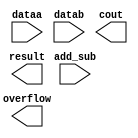
// megafunction wizard: %LPM_ADD_SUB%VBB%
// GENERATION: STANDARD
// VERSION: WM1.0
// MODULE: LPM_ADD_SUB 

// ============================================================
// Megafunction Name(s):
// 			LPM_ADD_SUB
//
// Simulation Library Files(s):
// 			lpm
// ============================================================
// ************************************************************
// THIS IS A WIZARD-GENERATED FILE. DO NOT EDIT THIS FILE!
//
// 15.1.0 Build 185 10/21/2015 SJ Lite Edition
// ************************************************************

//Copyright (C) 1991-2015 Altera Corporation. All rights reserved.
//Your use of Altera Corporation's design tools, logic functions 
//and other software and tools, and its AMPP partner logic 
//functions, and any output files from any of the foregoing 
//(including device programming or simulation files), and any 
//associated documentation or information are expressly subject 
//to the terms and conditions of the Altera Program License 
//Subscription Agreement, the Altera Quartus Prime License Agreement,
//the Altera MegaCore Function License Agreement, or other 
//applicable license agreement, including, without limitation, 
//that your use is for the sole purpose of programming logic 
//devices manufactured by Altera and sold by Altera or its 
//authorized distributors.  Please refer to the applicable 
//agreement for further details.

module sxrRISC621_addsub (
	add_sub,
	dataa,
	datab,
	cout,
	overflow,
	result);

	input	  add_sub;
	input	[13:0]  dataa;
	input	[13:0]  datab;
	output	  cout;
	output	  overflow;
	output	[13:0]  result;

endmodule

// ============================================================
// CNX file retrieval info
// ============================================================
// Retrieval info: PRIVATE: CarryIn NUMERIC "0"
// Retrieval info: PRIVATE: CarryOut NUMERIC "1"
// Retrieval info: PRIVATE: ConstantA NUMERIC "0"
// Retrieval info: PRIVATE: ConstantB NUMERIC "0"
// Retrieval info: PRIVATE: Function NUMERIC "2"
// Retrieval info: PRIVATE: INTENDED_DEVICE_FAMILY STRING "Cyclone V"
// Retrieval info: PRIVATE: LPM_PIPELINE NUMERIC "0"
// Retrieval info: PRIVATE: Latency NUMERIC "0"
// Retrieval info: PRIVATE: Overflow NUMERIC "1"
// Retrieval info: PRIVATE: RadixA NUMERIC "10"
// Retrieval info: PRIVATE: RadixB NUMERIC "10"
// Retrieval info: PRIVATE: Representation NUMERIC "0"
// Retrieval info: PRIVATE: SYNTH_WRAPPER_GEN_POSTFIX STRING "0"
// Retrieval info: PRIVATE: ValidCtA NUMERIC "0"
// Retrieval info: PRIVATE: ValidCtB NUMERIC "0"
// Retrieval info: PRIVATE: WhichConstant NUMERIC "0"
// Retrieval info: PRIVATE: aclr NUMERIC "0"
// Retrieval info: PRIVATE: clken NUMERIC "0"
// Retrieval info: PRIVATE: nBit NUMERIC "14"
// Retrieval info: PRIVATE: new_diagram STRING "1"
// Retrieval info: LIBRARY: lpm lpm.lpm_components.all
// Retrieval info: CONSTANT: LPM_DIRECTION STRING "UNUSED"
// Retrieval info: CONSTANT: LPM_HINT STRING "ONE_INPUT_IS_CONSTANT=NO,CIN_USED=NO"
// Retrieval info: CONSTANT: LPM_REPRESENTATION STRING "SIGNED"
// Retrieval info: CONSTANT: LPM_TYPE STRING "LPM_ADD_SUB"
// Retrieval info: CONSTANT: LPM_WIDTH NUMERIC "14"
// Retrieval info: USED_PORT: add_sub 0 0 0 0 INPUT NODEFVAL "add_sub"
// Retrieval info: USED_PORT: cout 0 0 0 0 OUTPUT NODEFVAL "cout"
// Retrieval info: USED_PORT: dataa 0 0 14 0 INPUT NODEFVAL "dataa[13..0]"
// Retrieval info: USED_PORT: datab 0 0 14 0 INPUT NODEFVAL "datab[13..0]"
// Retrieval info: USED_PORT: overflow 0 0 0 0 OUTPUT NODEFVAL "overflow"
// Retrieval info: USED_PORT: result 0 0 14 0 OUTPUT NODEFVAL "result[13..0]"
// Retrieval info: CONNECT: @add_sub 0 0 0 0 add_sub 0 0 0 0
// Retrieval info: CONNECT: @dataa 0 0 14 0 dataa 0 0 14 0
// Retrieval info: CONNECT: @datab 0 0 14 0 datab 0 0 14 0
// Retrieval info: CONNECT: cout 0 0 0 0 @cout 0 0 0 0
// Retrieval info: CONNECT: overflow 0 0 0 0 @overflow 0 0 0 0
// Retrieval info: CONNECT: result 0 0 14 0 @result 0 0 14 0
// Retrieval info: GEN_FILE: TYPE_NORMAL sxrRISC621_addsub.v TRUE
// Retrieval info: GEN_FILE: TYPE_NORMAL sxrRISC621_addsub.inc FALSE
// Retrieval info: GEN_FILE: TYPE_NORMAL sxrRISC621_addsub.cmp FALSE
// Retrieval info: GEN_FILE: TYPE_NORMAL sxrRISC621_addsub.bsf TRUE
// Retrieval info: GEN_FILE: TYPE_NORMAL sxrRISC621_addsub_inst.v FALSE
// Retrieval info: GEN_FILE: TYPE_NORMAL sxrRISC621_addsub_bb.v TRUE
// Retrieval info: LIB_FILE: lpm